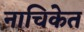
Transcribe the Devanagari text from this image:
नाचिकेत